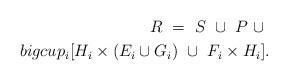
LaTeX: \begin{align*}R \ = \ S \ \cup \ P \ \cup \ \\bigcup_i [H_i \times (E_i \cup G_i) \ \cup \ F_i \times H_i].\end{align*}